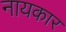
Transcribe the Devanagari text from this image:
नायकार